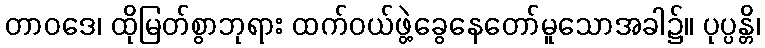
တာဝဒေ၊ ထိုမြတ်စွာဘုရား ထက်ဝယ်ဖွဲ့ခွေနေတော်မူသောအခါ၌။ ပုပ္ပန္တိ၊